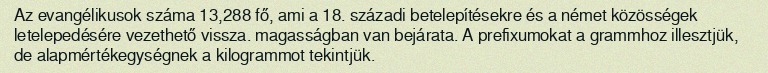
Az evangélikusok száma 13,288 fő, ami a 18. századi betelepítésekre és a német közösségek letelepedésére vezethető vissza. magasságban van bejárata. A prefixumokat a grammhoz illesztjük, de alapmértékegységnek a kilogrammot tekintjük.